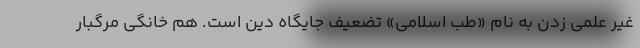
غیر علمی زدن به نام «طب اسلامی» تضعیف جایگاه دین است. هم ‌خانگی مرگبار